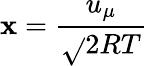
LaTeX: \mathbf{x}=\frac{{u_{\mu}}}{{\sqrt{}{{2RT}}}}